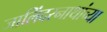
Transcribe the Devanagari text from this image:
जालिंदरनाथांच्या